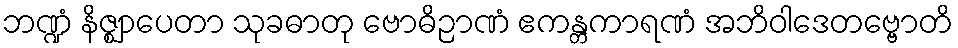
ဘဏ္ဍံ နိဇ္ဈာပေတာ သုခဓာတု ဗောဓိဉာဏံ ဧကန္တကာရဏံ အဘိဝါဒေတဗ္ဗောတိ